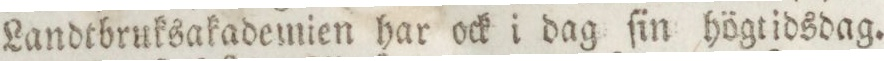
Landtbruksakademien har ock i dag ſin högtidsdag.